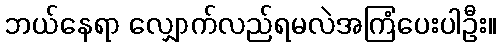
ဘယ်နေရာ လျှောက်လည်ရမလဲအကြံပေးပါဦး။